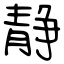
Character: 静